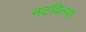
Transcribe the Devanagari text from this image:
नटविल्या